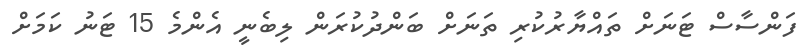
ފަންސާސް ޓަނަށް ތައްޔާރުކުރި ތަނަށް ބަންދުކުރަން ލިބެނީ އެންމެ 15 ޓަނު ކަމަށް